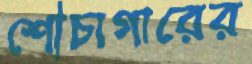
শৌচাগারের